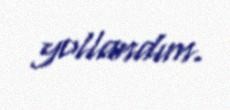
yollandım.